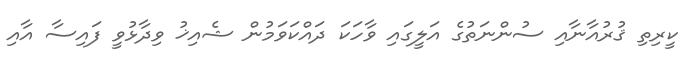
ކީރިތި ޤުރުއާނާއި ސުންނަތުގެ އަލީގައި ވާހަކަ ދައްކަވަމުން ޝެއިޚު ވިދާޅުވީ ފައިސާ އާއި